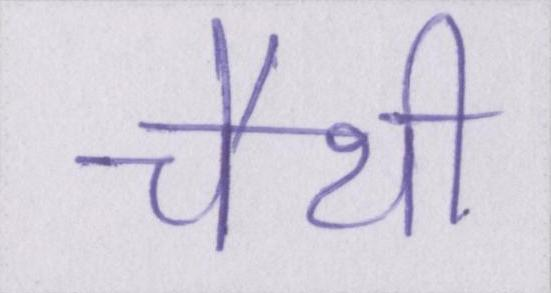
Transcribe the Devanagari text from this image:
चैथी